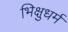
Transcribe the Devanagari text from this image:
भिक्षुधर्म